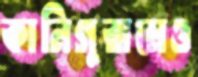
কানিগুরামেও